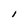
Character: I